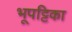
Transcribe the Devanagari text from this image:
भूपट्टिका